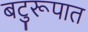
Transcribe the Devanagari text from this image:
बटुरूपात